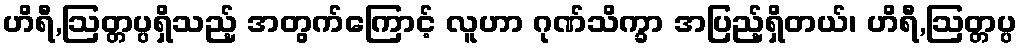
ဟိရီ,ဩတ္တပ္ပရှိသည့် အတွက်ကြောင့် လူဟာ ဂုဏ်သိက္ခာ အပြည့်ရှိတယ်၊ ဟိရီ,ဩတ္တပ္ပ